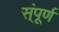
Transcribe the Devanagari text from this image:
स्ंपूर्ण